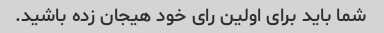
شما باید برای اولین رای خود هیجان زده باشید.